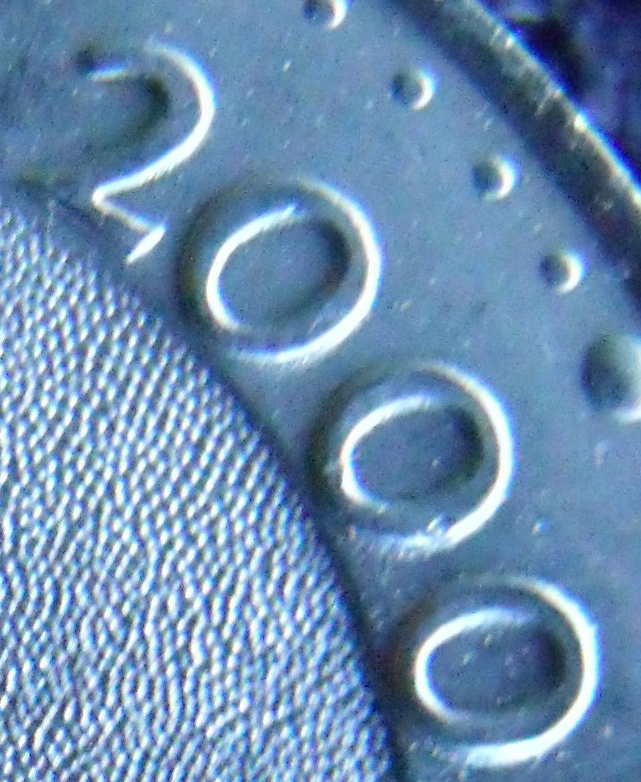
2000